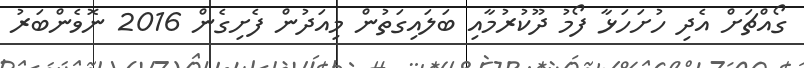
ގޯއްޗަށް އެދި ހުށަހަޅާ ފޯމު ދޫކުރުމާއި ބަލައިގަތުން މިއަދުން ފެށިގެން 2016 ނޮވެންބަރު